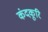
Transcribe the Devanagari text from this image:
कंदकूरि